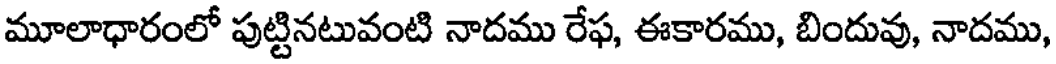
మూలాధారంలో పుట్టినటువంటి నాదము రేఫ, ఈకారము, బిందువు, నాదము,